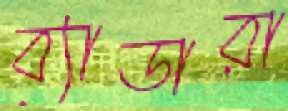
ব্যাডারা